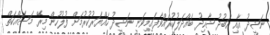
ނަޝީދު އާއި އަބުދު ޝާހިދު ބައްދަލުކުރައްވާފައިމިވަނީ ނަޝީދު ހައްޔަރުކުރުމަށް ފުލުހުން މިރޭ މަސައްކަތް